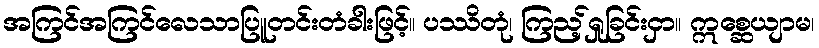
အကြင်အကြင်လေသာပြူတင်းတံခါးဖြင့်။ ပဿိတုံ၊ ကြည့်ရှုခြင်းငှာ။ ဣစ္ဆေယျာမ၊